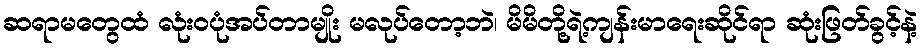
ဆရာမတွေထံ လုံးဝပုံအပ်တာမျိုး မလုပ်တော့ဘဲ၊ မိမိတို့ရဲ့ကျန်းမာရေးဆိုင်ရာ ဆုံးဖြတ်ခွင့်နဲ့